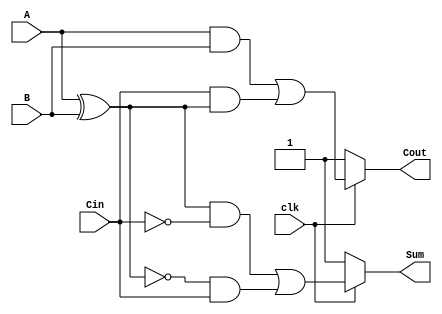
module dynamic_full_adder (
    input wire A,      // First input bit
    input wire B,      // Second input bit
    input wire Cin,    // Carry-in bit
    input wire clk,    // Clock signal
    output wire Sum,   // Sum output
    output wire Cout   // Carry-out output
);

    // Internal wires for dynamic logic
    wire precharge_n, eval_n;
    wire A_xor_B;
    wire A_and_B;
    wire Cin_and_A_xor_B;

    // Precharge logic
    assign precharge_n = ~clk; // Active low during precharge
    assign eval_n = clk;        // Active high during evaluation

    // XOR logic for Sum
    assign A_xor_B = A ^ B;
    assign Sum = (precharge_n) ? 1'b1 : (eval_n ? (A_xor_B & ~Cin) | (~A_xor_B & Cin) : 1'b0);

    // Carry-out logic
    assign A_and_B = A & B;
    assign Cin_and_A_xor_B = Cin & A_xor_B;
    assign Cout = (precharge_n) ? 1'b1 : (eval_n ? (A_and_B | Cin_and_A_xor_B) : 1'b0);

endmodule